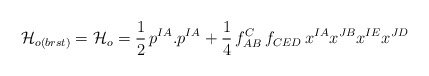
\begin{align*}{\cal H}_{o(brst)} = {\cal H}_{o} = \frac {1}{2}\,p^{IA}.p^{IA} + \frac{1}{4}\,f_{AB}^C\,f_{CED}\,x^{IA}x^{JB}x^{IE}x^{JD}\end{align*}